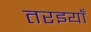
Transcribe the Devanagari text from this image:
तरइयाँ